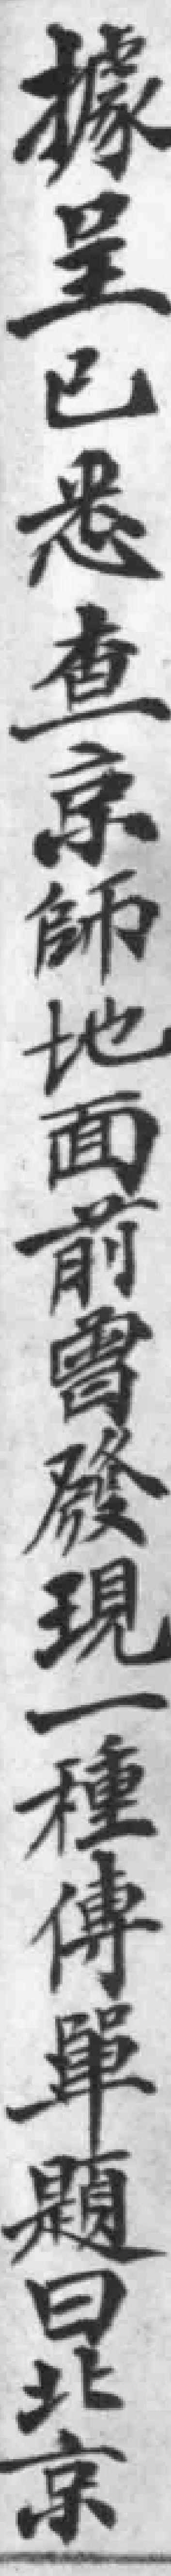
據呈已悉查京師地面前曾發現一種傳單題曰北京